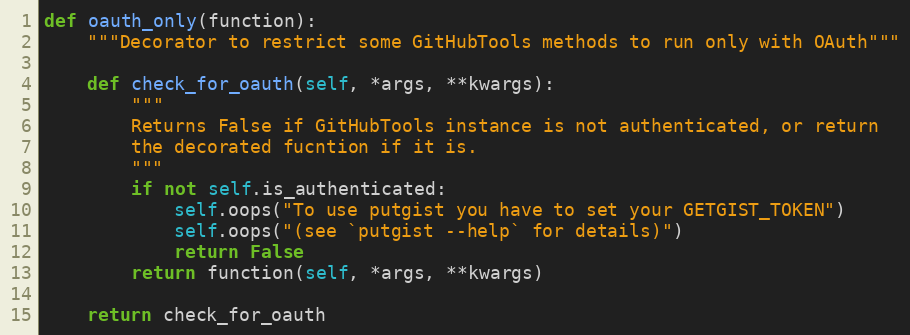
Language: Python
def oauth_only(function):
    """Decorator to restrict some GitHubTools methods to run only with OAuth"""

    def check_for_oauth(self, *args, **kwargs):
        """
        Returns False if GitHubTools instance is not authenticated, or return
        the decorated fucntion if it is.
        """
        if not self.is_authenticated:
            self.oops("To use putgist you have to set your GETGIST_TOKEN")
            self.oops("(see `putgist --help` for details)")
            return False
        return function(self, *args, **kwargs)

    return check_for_oauth